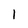
Character: 1